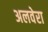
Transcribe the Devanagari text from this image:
अलवेरा